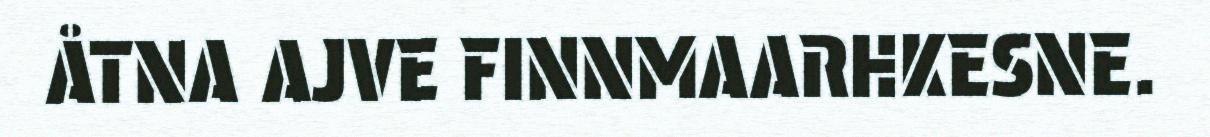
ÅTNA AJVE FINNMAARHKESNE.